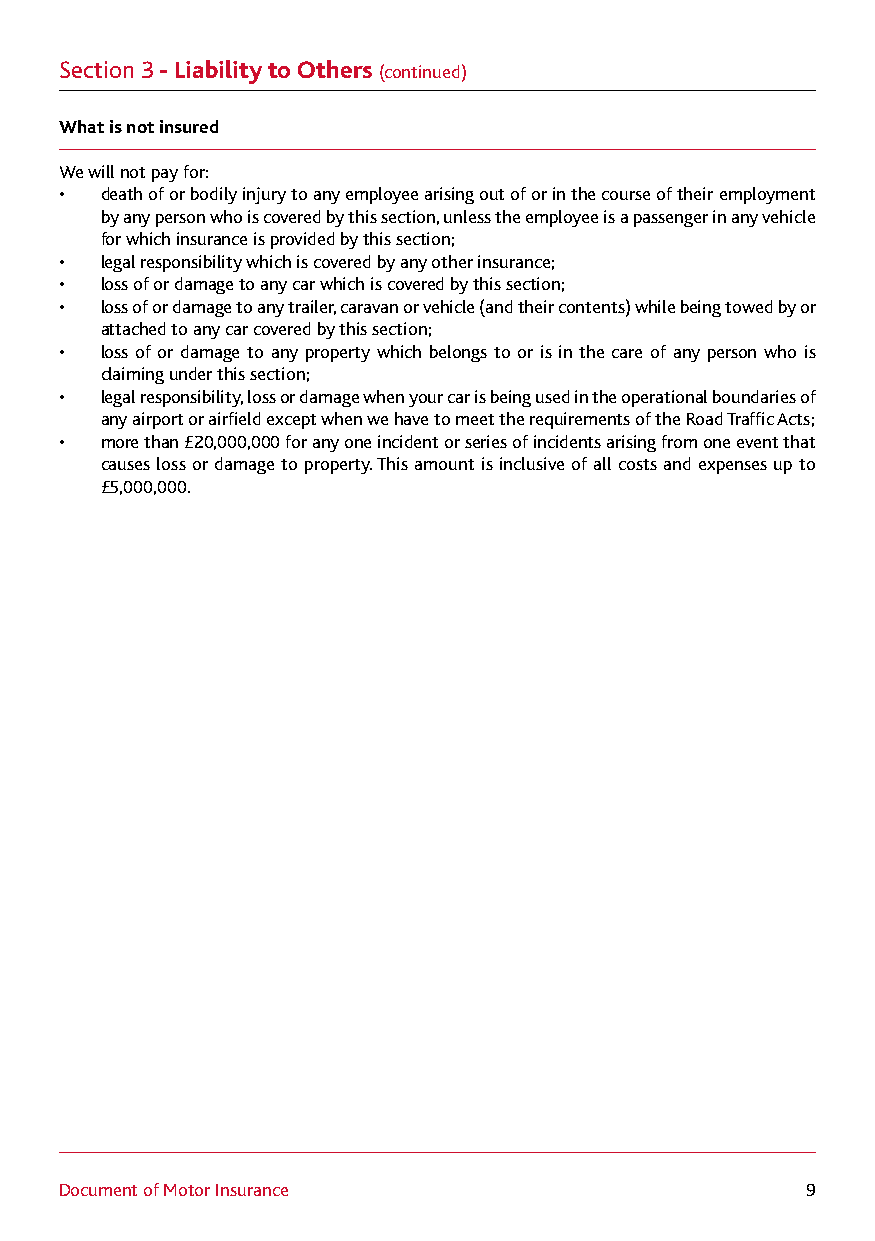
Section 3 - Liability to Others (continued)
 What is not insured
 We will not pay for:
 •  death of or bodily injury to any employee arising out of or in the course of their employment
 by any person who is covered by this section, unless the employee is a passenger in any vehicle
 for which insurance is provided by this section;
 •  legal responsibility which is covered by any other insurance;
 •  loss of or damage to any car which is covered by this section;
 •  loss of or damage to any trailer, caravan or vehicle (and their contents) while being towed by or
 attached to any car covered by this section;
 •  loss of or damage to any property which belongs to or is in the care of any person who is
 claiming under this section;
 •  legal responsibility, loss or damage when your car is being used in the operational boundaries of
 any airport or airfield except when we have to meet the requirements of the Road Traffic Acts;
 •  more than £20,000,000 for any one incident or series of incidents arising from one event that
 causes loss or damage to property. This amount is inclusive of all costs and expenses up to
 £5,000,000.
 Document of Motor Insurance                      9